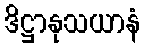
ဒိဋ္ဌာနုသယာနံ